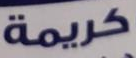
كريمة